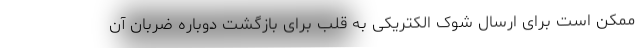
ممکن است برای ارسال شوک الکتریکی به قلب برای بازگشت دوباره ضربان آن